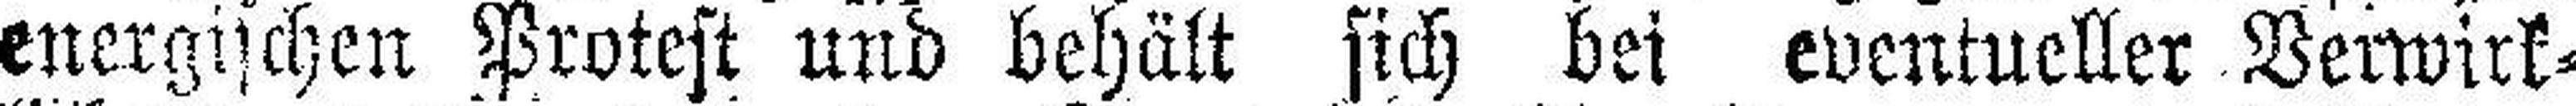
energischen Protest und behält sich bei eventueller Verwirk¬